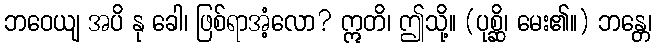
ဘဝေယျ အပိ နု ခေါ၊ ဖြစ်ရာအံ့လော? ဣတိ၊ ဤသို့။ (ပုစ္ဆိ၊ မေး၏။) ဘန္တေ၊